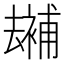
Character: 𠬕